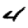
Digit: 4